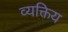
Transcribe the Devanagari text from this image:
व्यक्तिय